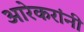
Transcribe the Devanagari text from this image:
आरेकरांनी